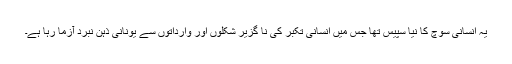
یہ انسانی سوچ کا نیا سپیس تھا جس میں انسانی تکبر کی نا گزیر شکلوں اور وارداتوں سے یونانی ذہن نبرد آزما رہا ہے۔